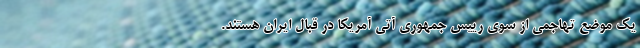
یک موضع تهاجمی از سوی رییس جمهوری آتی آمریکا در قبال ایران هستند.